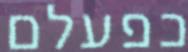
כפעלם